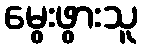
မွေးဖွားသူ